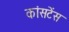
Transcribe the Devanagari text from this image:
कांसटेंस